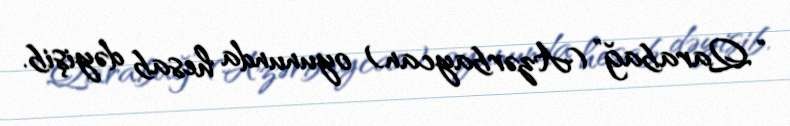
“Qarabağ” (Azərbaycan) oyununda hesab dəyişib.